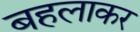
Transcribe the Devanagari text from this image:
बहलाकर